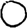
Digit: 0